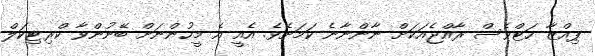
ޕިއްޒާ ހަޓްވެސް ރާއްޖެއަކަށް ނާންނާނެ ކަމަށެވެ. އެއީ އެ މީހުންނަށް ބޭނުންވާ ކްރިޓިކަލް